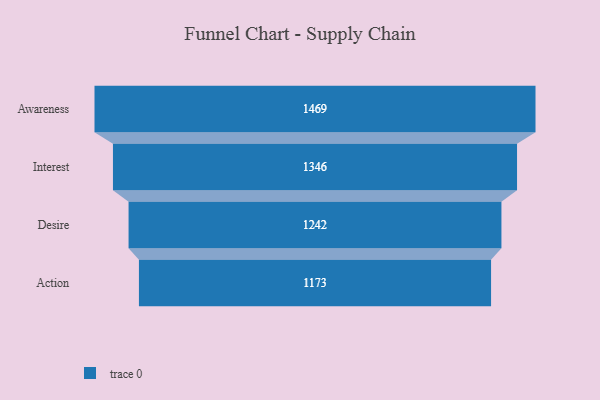
{"axis": {"x": "Stage", "y": "Value"}, "legend": [""], "data": [{"x": "Awareness", "y": 1469.0, "type": ""}, {"x": "Interest", "y": 1346.0, "type": ""}, {"x": "Desire", "y": 1242.0, "type": ""}, {"x": "Action", "y": 1173.0, "type": ""}]}